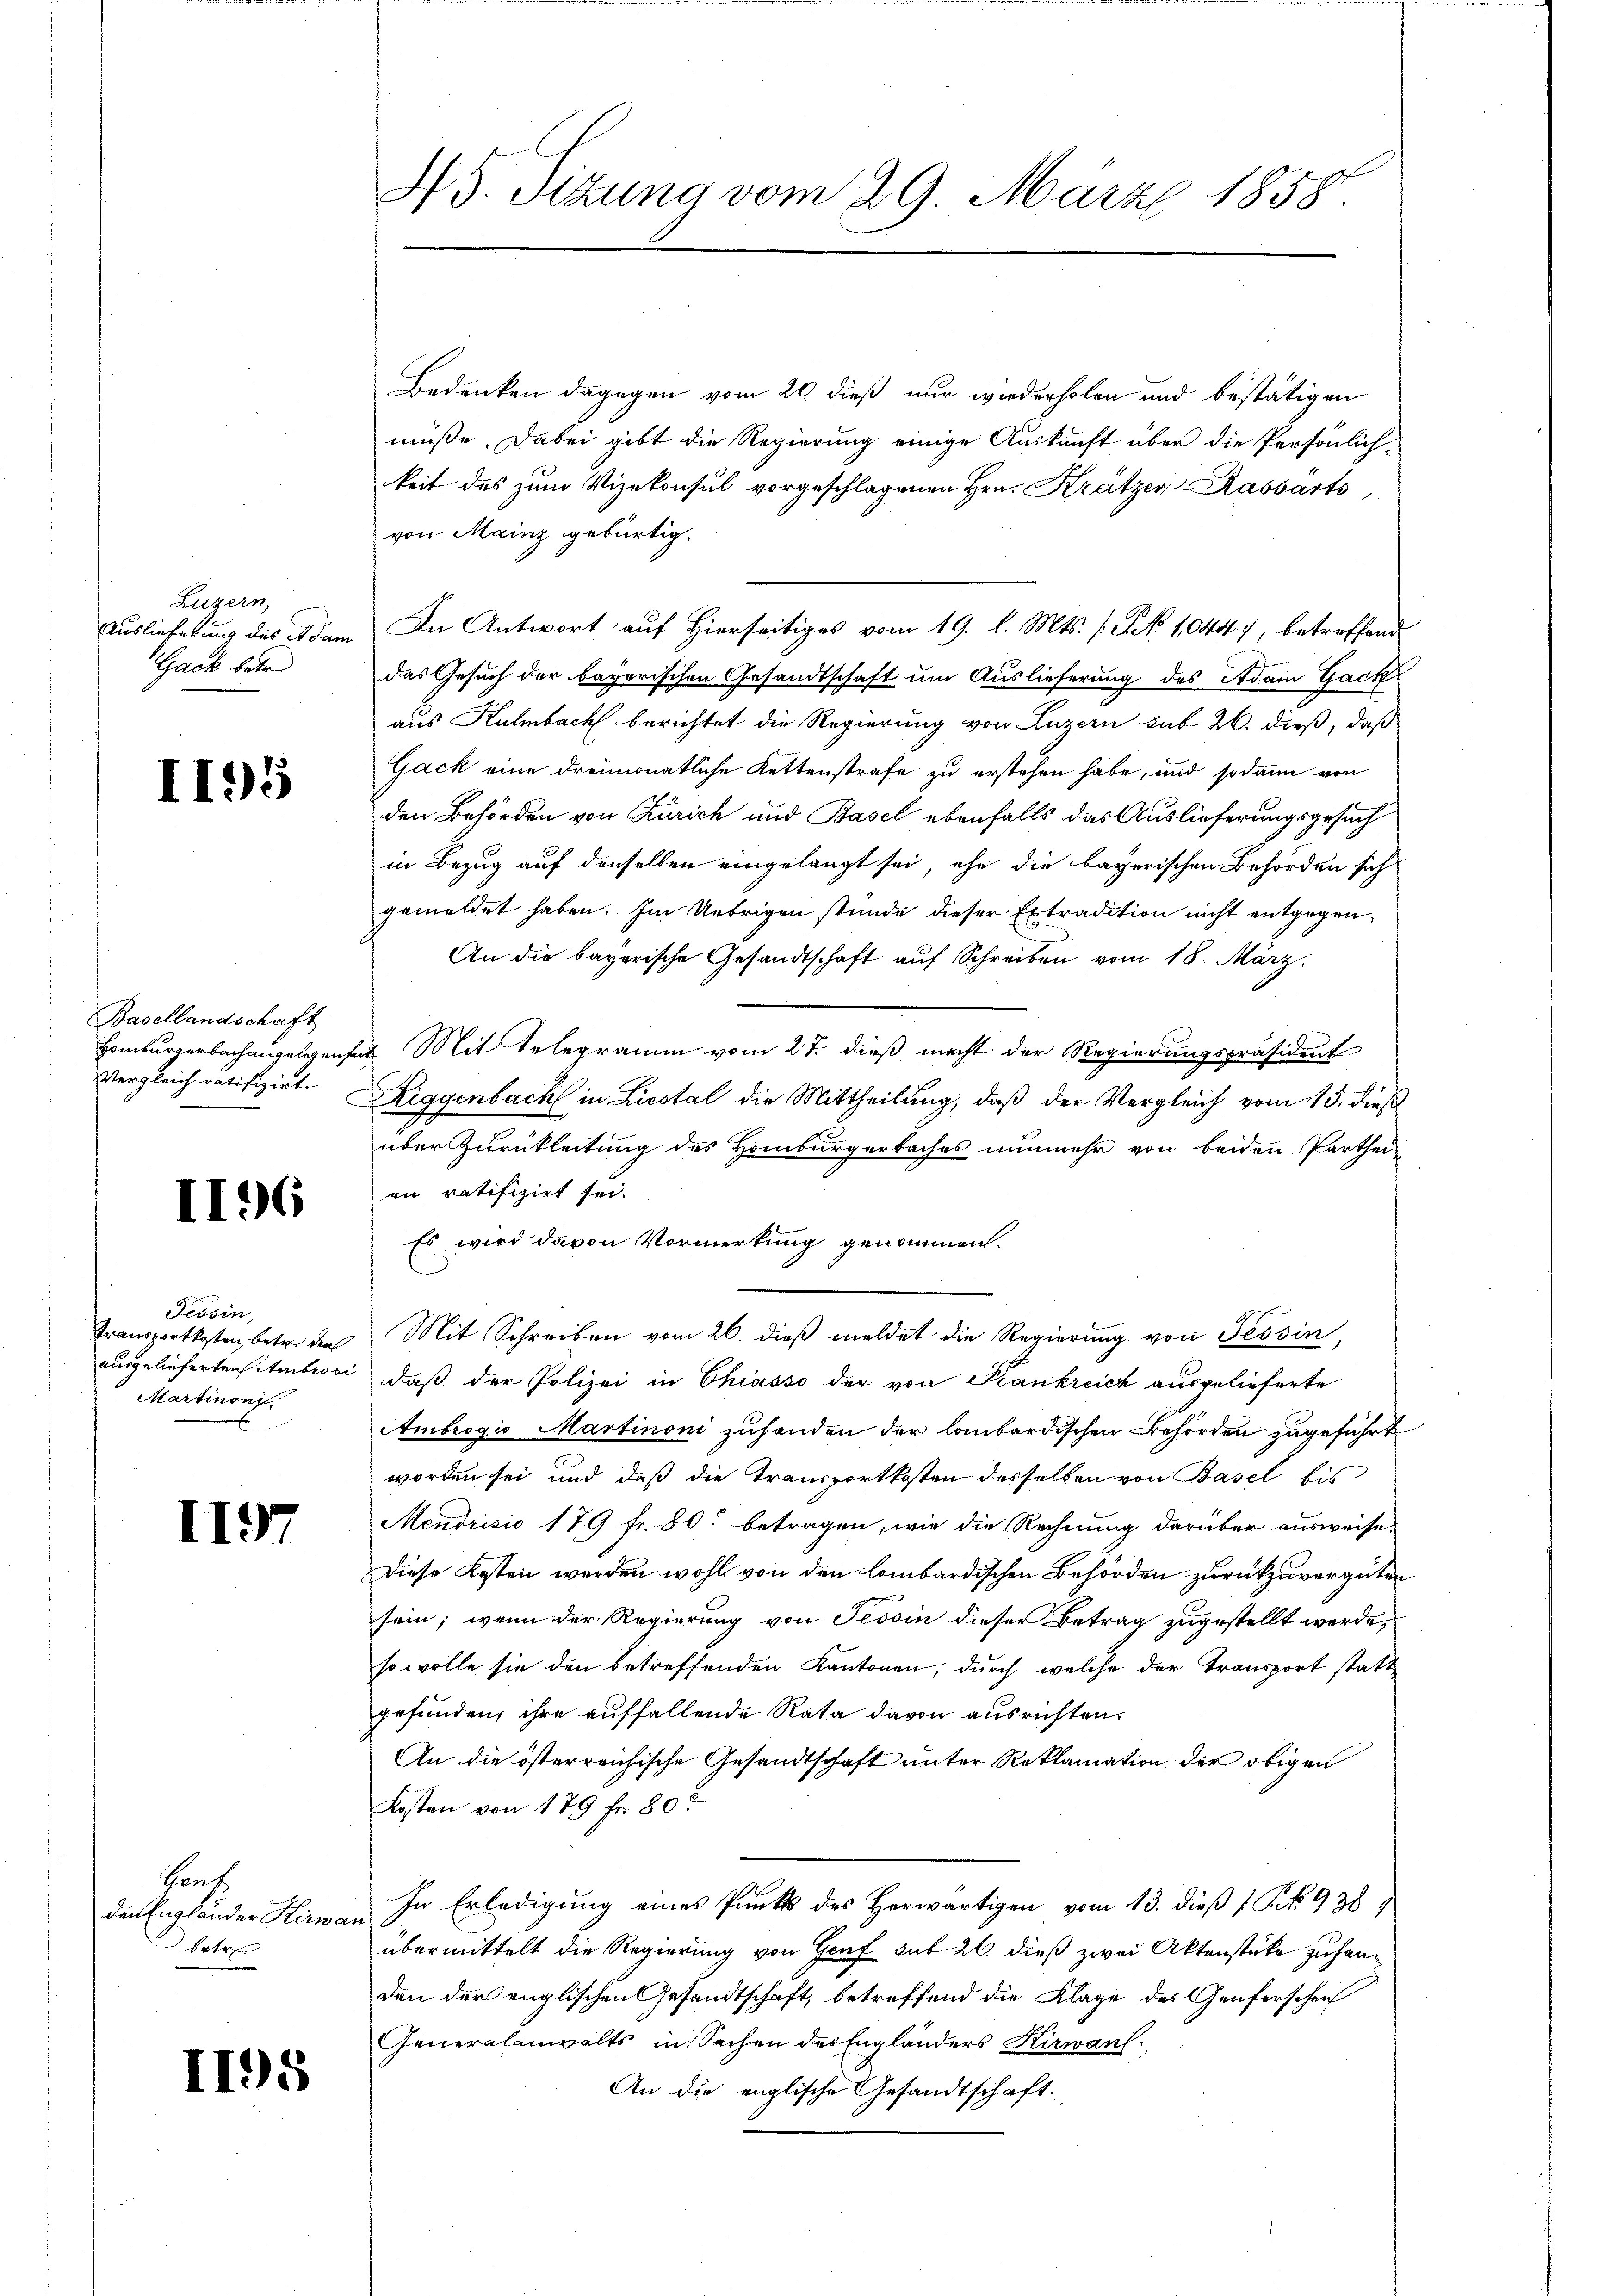
Luzern,
Auslieferung des et dam
Gack betre

II95

Basellandschaft
Homburgerbach angelegensei
Vergleich ratifizirt.

II96

Tessin,
Transportkosten, betri den
ausgelieferten Ambrosi
Martinoni

II

Sent
den Englander Kirbetr

I195

35. Setzung vom 29. März 1858.

Bedenken dagegen vom 20. dieß nur wiederholen und bestätigen
müße. Dabei gibt die Regierung einige Auskunft über die Persönlichkeit des zum Vizekonsul vorgeschlagenen Hrn. Krätzer Rassarts
von Mainz gebürtig.
In Antwort auf Hierseitiges vom 19. l. Mts. (: No 10447, betreffend
das Gesuch der bayerischen Gesandtschaft um Auslieferung des Adam Gack
aus Kulmbach berichtet die Regierung von Luzern sub 20. dieß, daß
Gack eine dreimonatliche Kettenstrafe zu erstehen habe, und sodann von
den Behörden von Zürich und Basel ebenfalls das Auslieferungsgesuch
in Bezug auf denselben eingelangt sei, ehe die bayerischen Behörden sich
gemeldet haben. Im Uebrigen stunde dieser Extradition nicht entgegen
An die bayerische Gesandtschaft auf Schreiben vom 18. März.
u. Mit Telegramm vom 27. dieß macht der Regierungspräsident
Riggenbach in Liestal die Mittheilung, daß der Vergleich vom 15. dieß
über Zurückleitung des Homburgerbaches nunmehr von beiden Partheien ratifizirt sei.
Es wird davon Vormerkung genommen.
Mit Schreiben vom 26. dieß meldet die Regierung von Tessin,
daß der Polizei in Chiasso der von Frankreich ausgelieferte
Ambrogio Martinoni zuhanden der lombardischen Behörden zugeführt
worden sei und daß die Transportkosten desselben von Basel bis
Mendrisio 179 fr. 80 betragen, wie die Rechnung darüber ausweise.
Diese Kosten werden wohl von den lombardischen Behörden zurückzuvergüten
sein; wenn der Regierung von Tessin dieser Betrag zugestellt werde,
so wolle sie den betreffenden Kantonen, durch welche der Transport statt
gefunden, ihre auffallende Rata davon ausrichten.
An die österreichische Gesandtschaft unter Reklamation der obigen
Kosten von 179 fr. 80
In Erledigung eines Punkt des Herwärtigen vom 13. dieß 1 Pf. 9389.
übermittelt die Regierung von Genf sub 20. dieß zwei Aktenstüke zu handen der englischen Gesandtschaft, betreffend die Klage des Genferschrif
Generalanwalts in Sachen des Engländers Kirwan
An die englische Gesandtschaft.